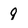
Character: 9